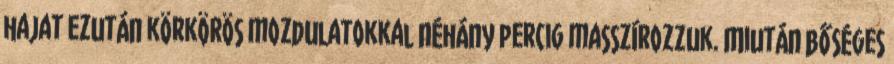
hajat ezután körkörös mozdulatokkal néhány percig masszírozzuk. Miután bőséges